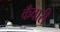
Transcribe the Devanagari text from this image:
कँवारी